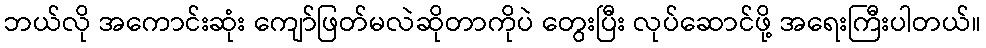
ဘယ်လို အကောင်းဆုံး ကျော်ဖြတ်မလဲဆိုတာကိုပဲ တွေးပြီး လုပ်ဆောင်ဖို့ အရေးကြီးပါတယ်။